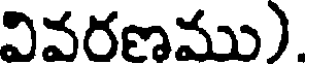
వివరణము).